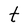
Character: t